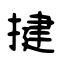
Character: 揵